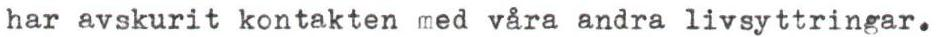
har avskurit kontakten med våra andra livsyttringar.